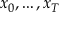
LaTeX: x _ { 0 } , \ldots , x _ { T }